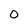
Character: O